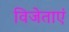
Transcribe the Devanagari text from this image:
विजेताएं